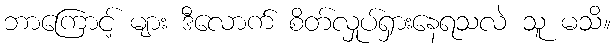
ဘာကြောင့် များ ဒီလောက် စိတ်လှုပ်ရှားနေရသလဲ သူ မသိ။